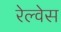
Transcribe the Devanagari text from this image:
रेल्वेस